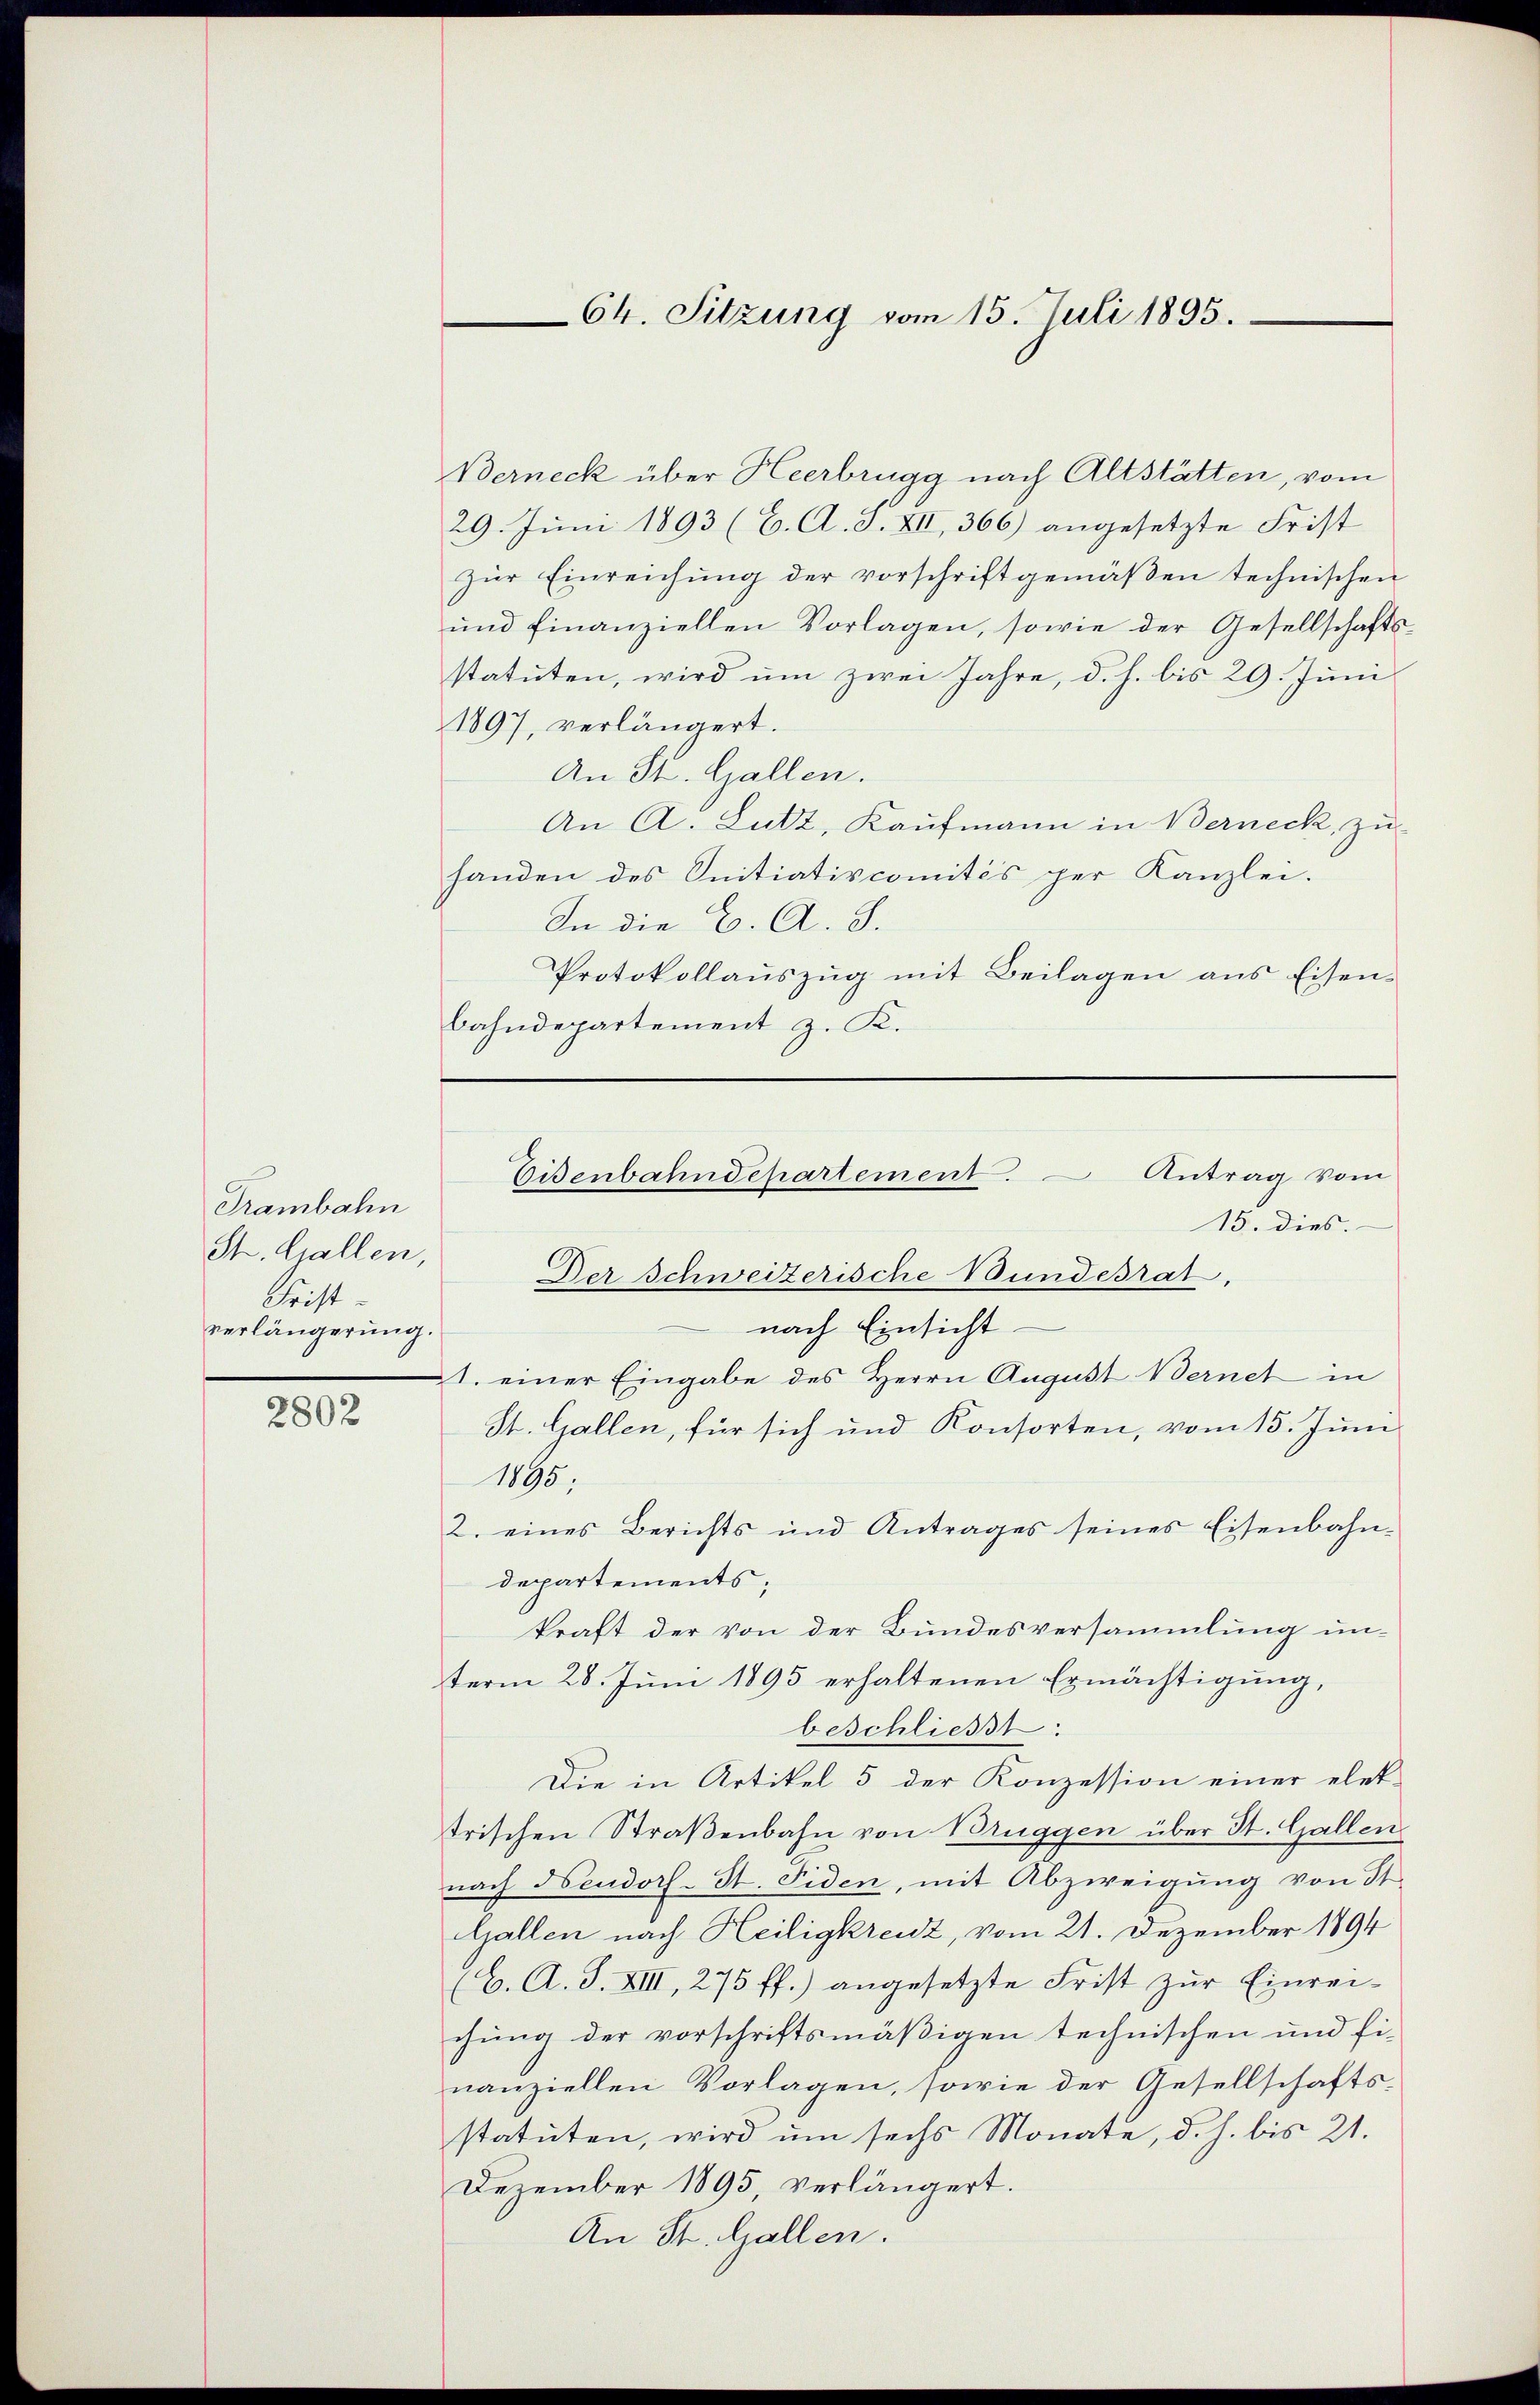
2802

Berneck über Heerbrugg nach Altstätten, vom
29. Juni 1893 (C. A. S. XII, 366) angesetzte Frist
zŭr Einreichung der vorschrift gemäβen technischen
ŭnd finanziellen Vorlagen, sowie der Gesellschafts-
statuten, wird um zwei Jahre, d. h. bis 29. Juni
1897, verlängert.
An St. Gallen.
An A. Lutz, Kaufmann in Berneck, zu-
handen des Initiativcomités per Kanzlei-
In die C. A. S.
Protokollaŭszŭg mit Beilagen ans Eisen-
Bahndepartement z. K.

Trambahn
St. Gallen,
Seiht.
verlängerung.

15. dies.
Der Schweizerische Bundesrat.
nach Einsicht
1. einer Eingabe des Herrn August Bernet in
St. Gallen, für sich und Konsorten, vom 15. Juni
1895;
2. eines Berichts und Antrages seines Eisenbahn-
departements,
kraft der von der Bundesversammlung un-
term 28. Juni 1895 erhaltenen Ermächtigung,
beschließt:
Die in Artikel 5 der Konzession einer elet-
trischen Straßenbahn von Bruggen über St. Gallen
nach Neudorf-St. Fiden, mit Abzweigung von St
Gallen nach Heiligkreuz, vom 21. Dezember 1894
(C. A. S. XIII, 275 ff.) angesetzte Frist zur Einrei-
chung der vorschriftsmäßigen technischen und fi-
nanziellen Vorlagen, sowie der Gesellschafts-
statuten, wird um sechs Monate, d. h. bis 21.
Dezember 1895, verlängert.
An St. Gallen.

64. Sitzung vom 15. Juli 1895.

Eisenbahndepartement. Antrag vom